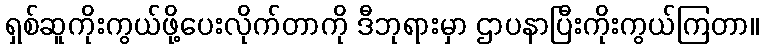
ရှစ်ဆူကိုးကွယ်ဖို့ပေးလိုက်တာကို ဒီဘုရားမှာ ဌာပနာပြီးကိုးကွယ်ကြတာ။